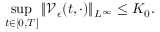
\operatorname* { s u p } _ { t \in [ 0 , T ] } \| \mathcal { V } _ { \epsilon } ( t , \cdot ) \| _ { L ^ { \infty } } \leq K _ { 0 } .